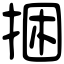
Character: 捆